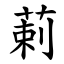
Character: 䓶